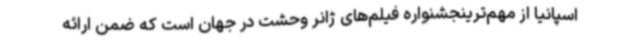
اسپانیا از مهم‌ترینجشنواره فیلم‌های ژانر وحشت در جهان است که ضمن ارائه